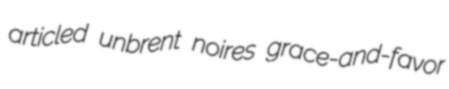
articled unbrent noires grace-and-favor